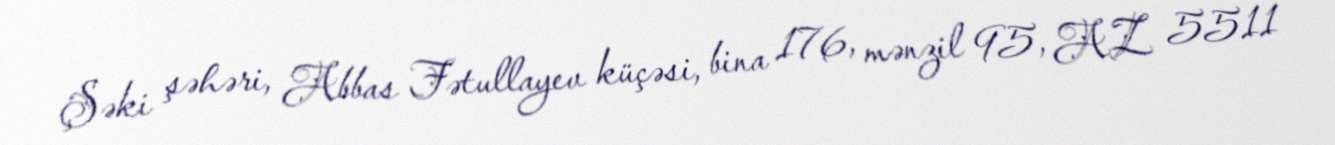
Şəki şəhəri, Abbas Fətullayev küçəsi, bina 176, mənzil 95, AZ 5511